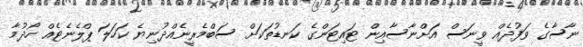
ނާސާގެ ވަފުދެއް ވީނަސް އަށްނާސާއިން ޓައިޓަންގެ ކަނޑުތަކަށް ސަބްމެރީނެއްދުނިޔެ ކަހަލަ ޕްލެނެޓެއް ހޯދުމާ